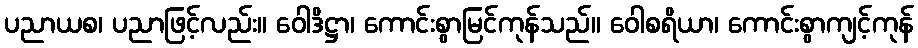
ပညာယစ၊ ပညာဖြင့်လည်း။ ဝေါဒိဋ္ဌာ၊ ကောင်းစွာမြင်ကုန်သည်။ ဝေါစရိယာ၊ ကောင်းစွာကျင့်ကုန်